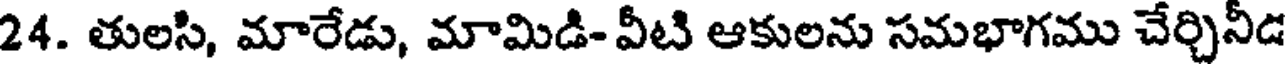
24. తులసి, మారేడు, మామిడి- వీటి ఆకులను సమభాగము చేర్చినీడ